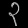
Digit: ၃